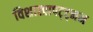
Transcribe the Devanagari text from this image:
विशाखापट्ट्नम